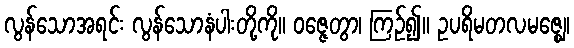
လွန်သောအရင်း လွန်သောနံပါးတို့ကို။ ဝဇ္ဇေတွာ၊ ကြဉ်၍။ ဥပရိမတလမဇ္ဈေ၊